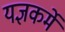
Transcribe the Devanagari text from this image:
यज्ञकर्मे